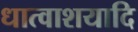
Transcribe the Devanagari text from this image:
धात्वाशयादि